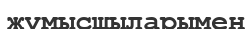
жұмысшыларымен